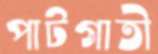
পাটগাতী